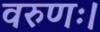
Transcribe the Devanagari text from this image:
वरुणः।